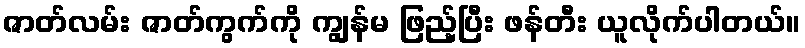
ဇာတ်လမ်း ဇာတ်ကွက်ကို ကျွန်မ ဖြည့်ပြီး ဖန်တီး ယူလိုက်ပါတယ်။